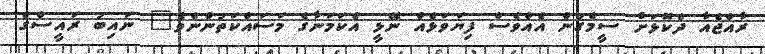
ރާއްޖެއާ ދެކޮޅަށް ސީމެގުން އެއްވެސް ފިޔަވަޅެއް ނޭޅީ އެކަމަނާގެ މަސައްކަތުންނެވެ" ނައިބު ރައީސްގެ